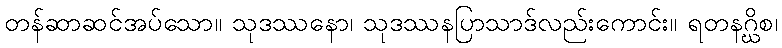
တန်ဆာဆင်အပ်သော။ သုဒဿနော၊ သုဒဿနပြာသာဒ်လည်းကောင်း။ ရတနဂ္ဃိစ၊